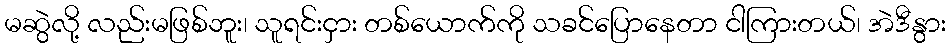
မဆွဲလို့ လည်းမဖြစ်ဘူး၊ သူရင်းငှား တစ်ယောက်ကို သခင်ပြောနေတာ ငါကြားတယ်၊ အဲဒီနွား